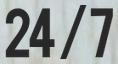
24/7